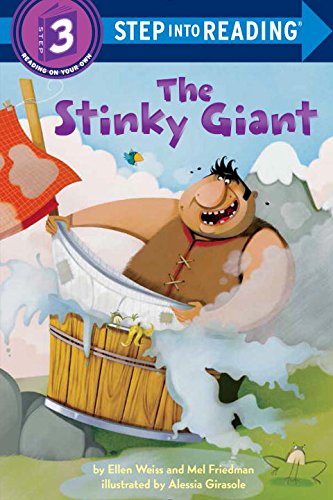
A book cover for The Stinky Giant (Step into Reading); Ellen Weiss; Children's Books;